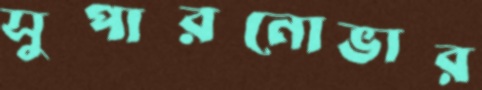
সুপারনোভার